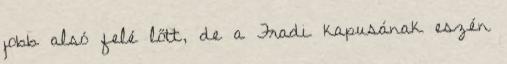
jobb alsó felé lőtt, de a Fradi kapusának eszén